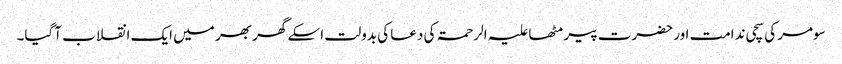
سومر کی سچی ندامت اور حضرت پیر مٹھا علیہ الرحمۃ کی دعا کی بدولت اسکے گھر بھر میں ایک انقلاب آگیا۔